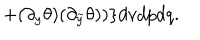
LaTeX: + ( \partial _ { y } \theta ) ( \partial _ { \tilde { y } } \theta ) ) \} d v d p d q .